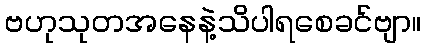
ဗဟုသုတအနေနဲ့သိပါရစေခင်ဗျာ။